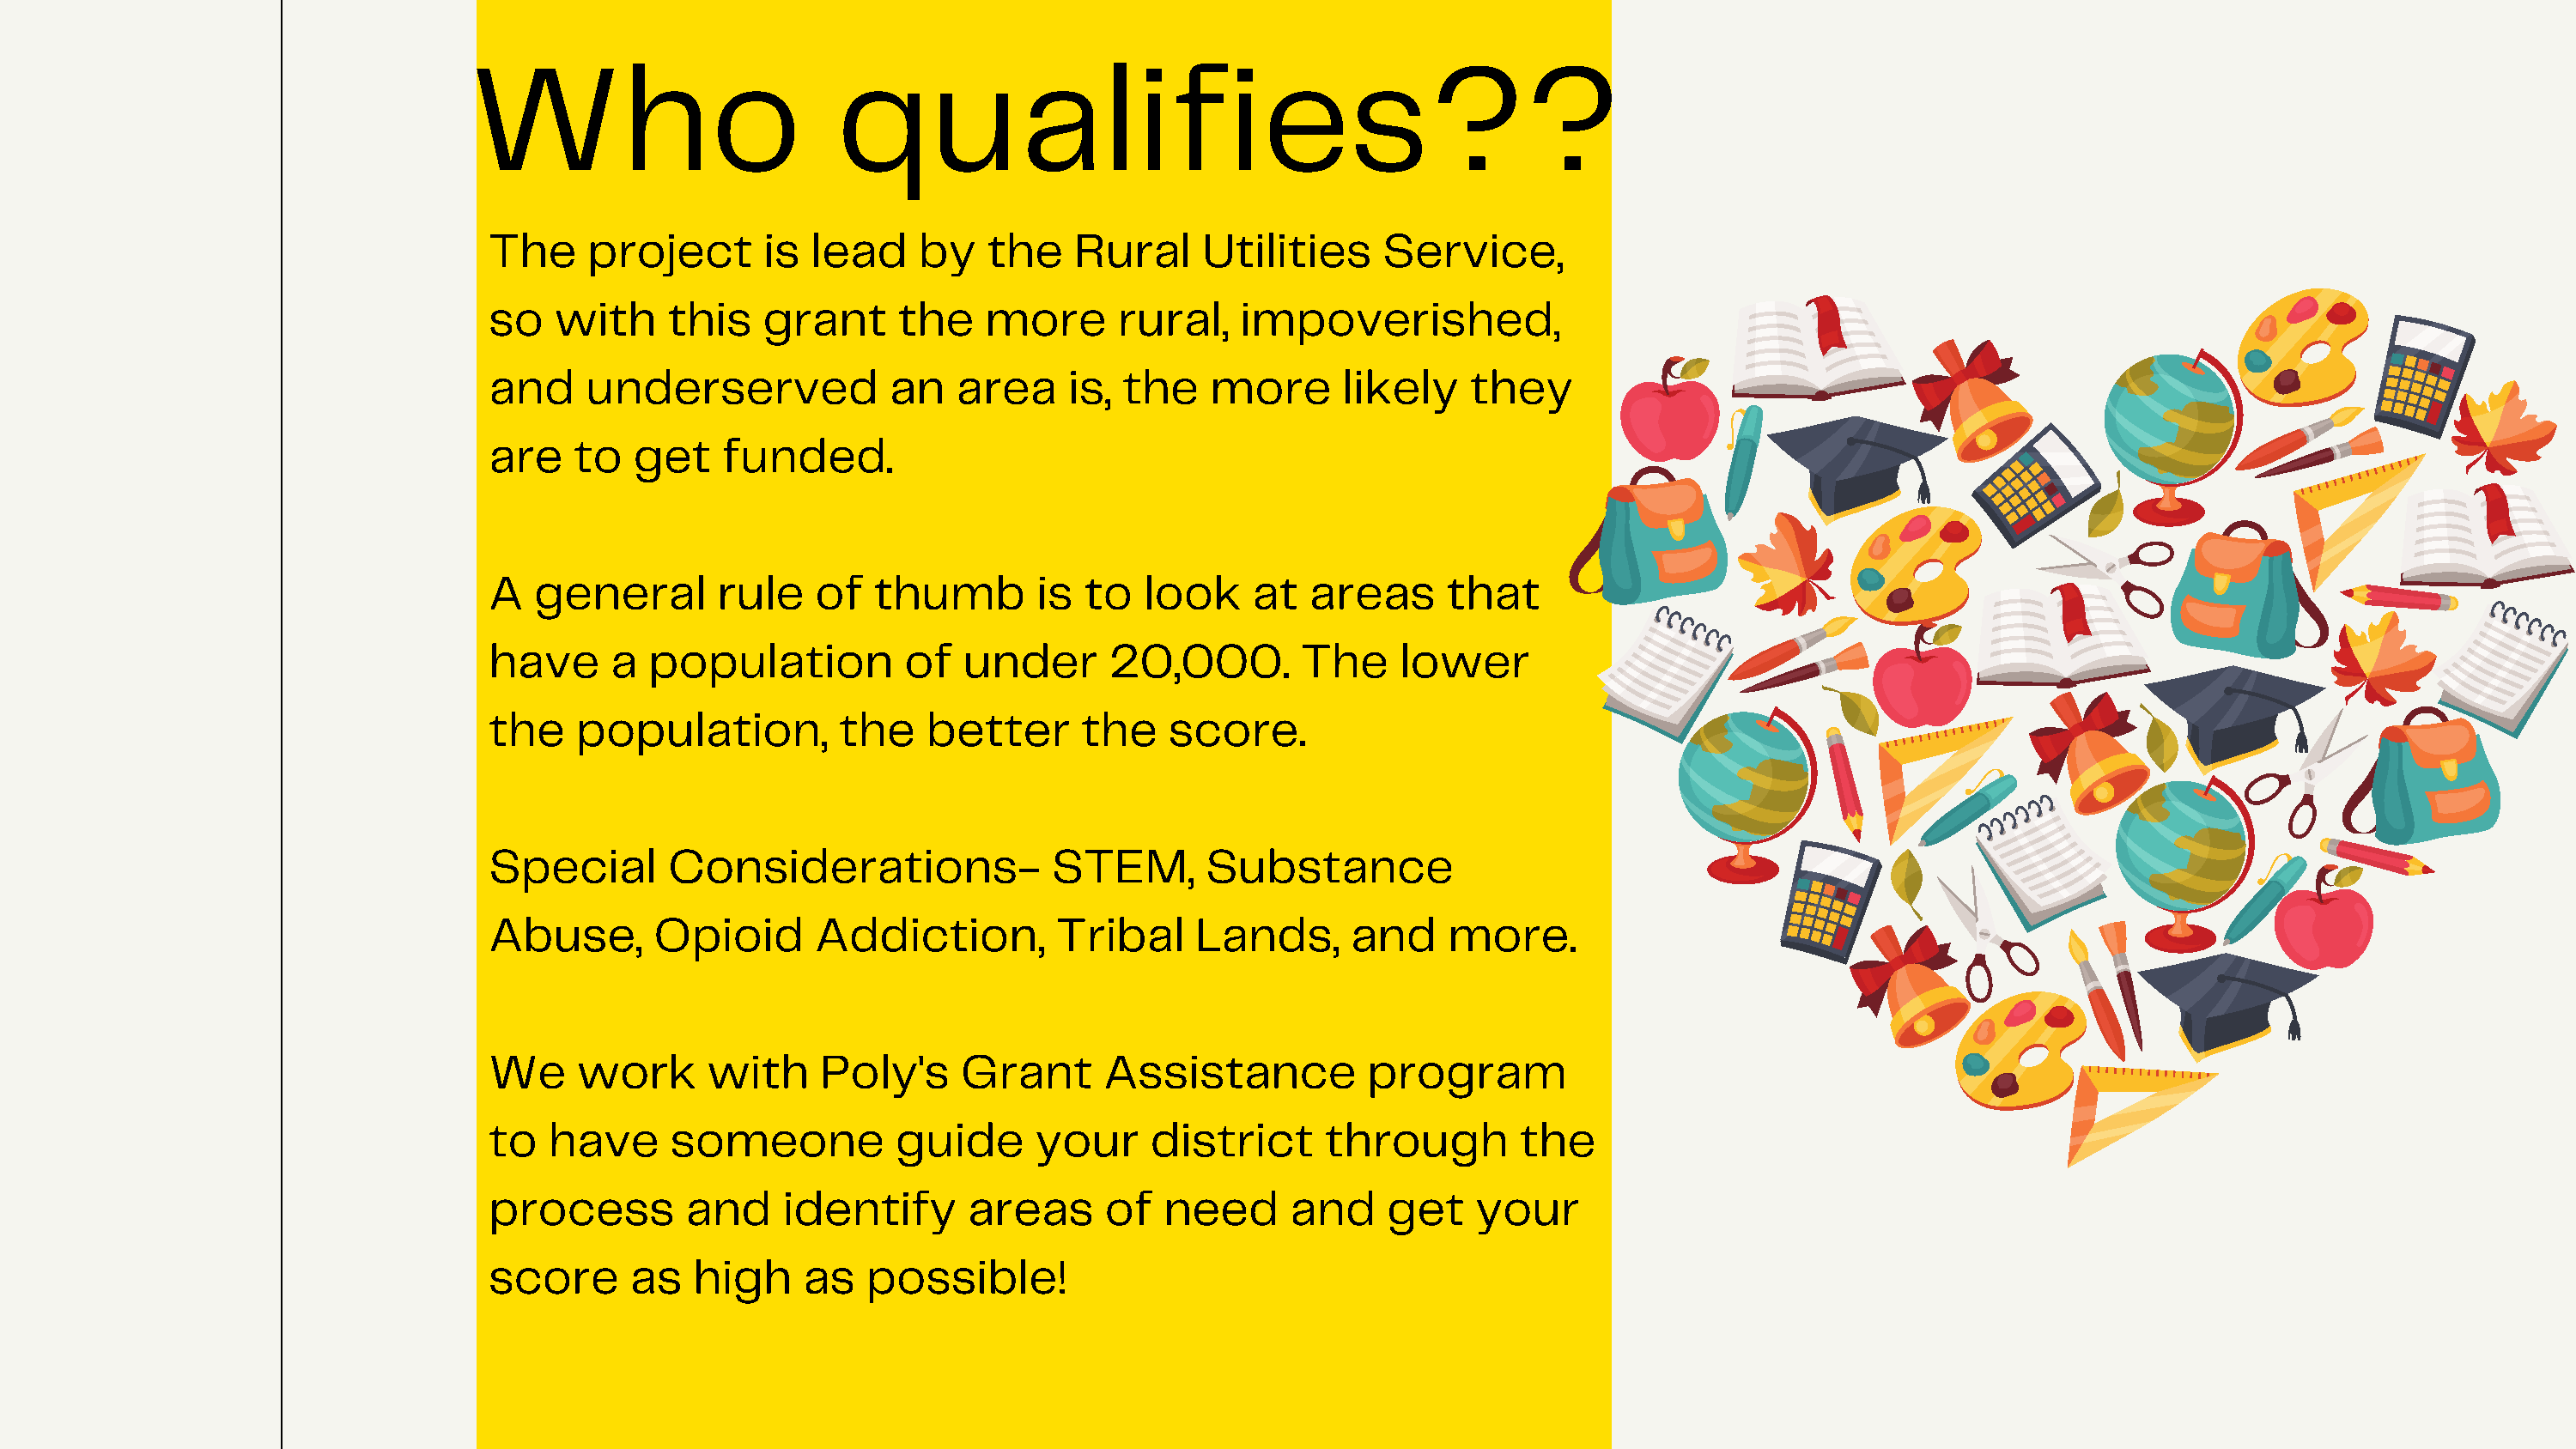
Who                         qualifies??
 The    project       is  lead    by   the    Rural     Utilities     Service,
 so   with    this    grant     the    more      rural,    impoverished,
 and    underserved             an   area    is,  the   more      likely    they
 are   to   get    funded.
 A  general       rule    of  thumb        is  to  look     at  areas      that
 have     a  population          of  under      20,000.        The     lower
 the   population,          the   better      the    score.
 Special       Considerations-              STEM,       Substance
 Abuse,      Opioid       Addiction,        Tribal     Lands,      and     more.
 We    work       with    Poly's     Grant      Assistance          program
 to  have      someone          guide      your     district     through        the
 process        and    identify       areas     of   need     and     get    your
 score      as  high     as   possible!